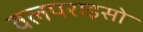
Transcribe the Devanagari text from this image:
वलपराइसो